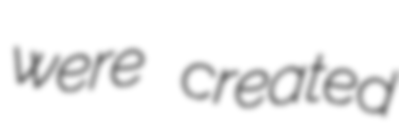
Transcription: were created